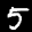
Label: 5